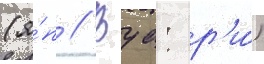
(я́п // Вуа: р'и́)